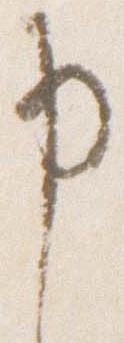
申